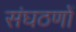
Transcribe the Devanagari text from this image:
संघठणों